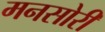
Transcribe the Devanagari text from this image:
मनसोरी